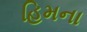
હિમના